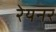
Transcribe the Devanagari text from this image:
रेयनर